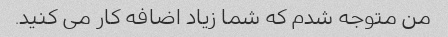
من متوجه شدم که شما زیاد اضافه کار می کنید.